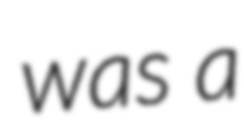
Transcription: was a